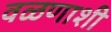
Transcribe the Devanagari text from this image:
वळणाशी